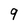
Character: q